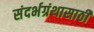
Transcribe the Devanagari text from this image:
संदर्भग्रंथासाठी